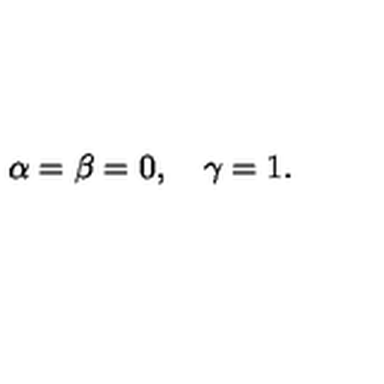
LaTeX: \alpha = \beta = 0 , \quad \gamma = 1 .